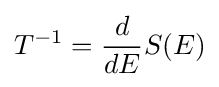
T^{-1}={\frac {d}{dE}}S(E)